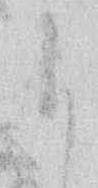
お